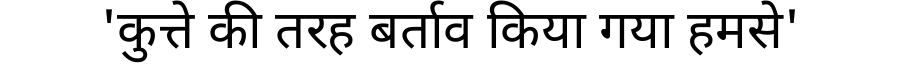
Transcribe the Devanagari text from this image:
'कुत्ते की तरह बर्ताव किया गया हमसे'